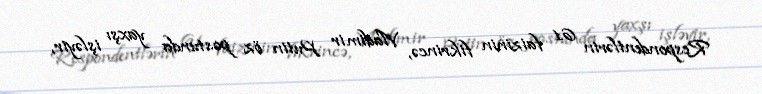
Respondentlərin 61 faizinin fikrincə, Vladimir Putin öz postunda yaxşı işləyir,